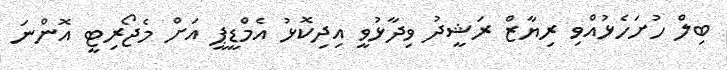
ބިލް ހުށަހެޅުއްވި ރިޔާޒް ރަޝީދު ވިދާޅުވީ އިދިކޮޅު އެމްޑީޕީ އަށް މެޖޯރިޓީ އޮންނަ